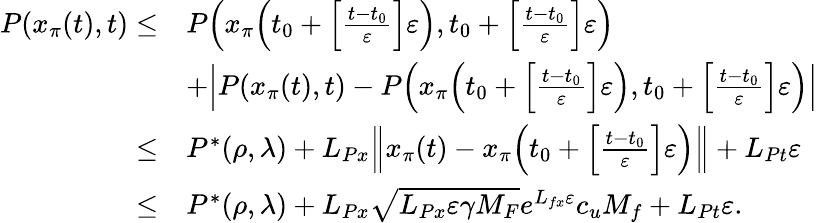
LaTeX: \begin{array}{rl}{P(x_{\pi}(t),t)\le}&{P\Big(x_{\pi}\Big(t_{0}+\Big[\frac{t-t_{0}}{\varepsilon}\Big]\varepsilon\Big),t_{0}+\Big[\frac{t-t_{0}}{\varepsilon}\Big]\varepsilon\Big)}\\ &{+\Big|P(x_{\pi}(t),t)-P\Big(x_{\pi}\Big(t_{0}+\Big[\frac{t-t_{0}}{\varepsilon}\Big]\varepsilon\Big),t_{0}+\Big[\frac{t-t_{0}}{\varepsilon}\Big]\varepsilon\Big)\Big|}\\ {\le}&{P^{*}(\rho,\lambda)+L_{Px}\Big\| x_{\pi}(t)-x_{\pi}\Big(t_{0}+\Big[\frac{t-t_{0}}{\varepsilon}\Big]\varepsilon\Big)\Big\| +L_{Pt}\varepsilon}\\ {\le}&{P^{*}(\rho,\lambda)+L_{Px}\sqrt{L_{Px}\varepsilon\gamma{M_{F}}}e^{L_{fx}\varepsilon}c_{u}M_{f}+L_{Pt}\varepsilon.}\end{array}